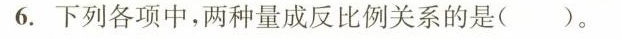
6.下列各项中，两种量成反比例关系的是()。